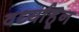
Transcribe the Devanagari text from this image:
वर्ध्याहून